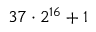
3 7 \cdot 2 ^ { 1 6 } + 1